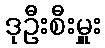
ဒုဦးစီးမှူး